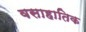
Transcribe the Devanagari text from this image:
वसाहातिक